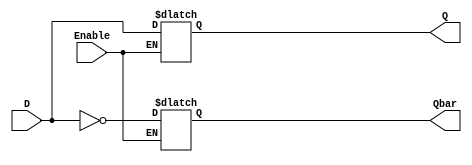
`timescale 1ns / 1ns  // define the time units

module D_latch_behavior (input D, input Enable, output reg Q, output reg Qbar);
    always @ (D or Enable)
     if(Enable)
     begin
         Q <= D;
         Qbar <= ~D;
     end
endmodule

module D_FF(input D, input clk, output Q);
	wire q1, nclk;
	assign nclk = ~clk;
	D_latch_behavior d_latch1(D, nclk, q1, Qbar1);
	D_latch_behavior d_latch2(q1, clk, Q, Qbar2);
endmodule

module main;
	wire d, clk, q;
	D_FF testing(d, clk, q);
    //D_latch_behavior testing(d, clk, q, qbar);
	integer all_inputs, i;
	
	assign {d, clk} = all_inputs[1:0];
	initial begin
		$dumpfile("test_D_ff.vcd");
		$dumpvars(0, main);
		i = 0;
		repeat( 8 ) begin
    		$display("t=%04d d=%b clk=%b q=%b", $time, d, clk, q);
			all_inputs = i;
			#5;
		    i = i + 1;
		end
		$finish;
	end
endmodule